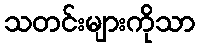
သတင်းများကိုသာ